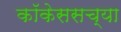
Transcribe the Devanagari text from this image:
कॉकेससच्या